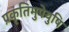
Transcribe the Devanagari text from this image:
प्रकृतिमुपेयुषि